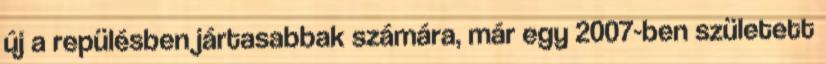
új a repülésben jártasabbak számára, már egy 2007-ben született